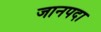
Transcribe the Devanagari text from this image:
जानपदा